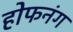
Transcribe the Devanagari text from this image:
होफनंग